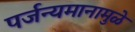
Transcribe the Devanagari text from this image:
पर्जन्यमानामुळे